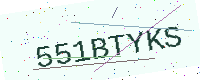
Text: 551BTYKS